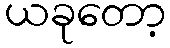
ယခုတော့